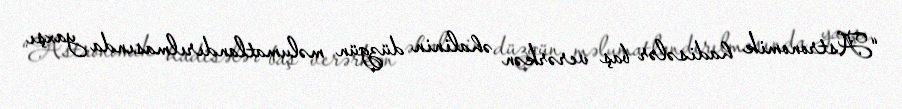
“Astronomik hadisələr baş verərkən əhalinin düzgün məlumatlandırılmasında yaxşı